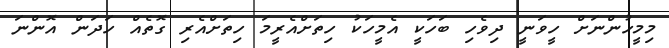
މިމީހުންނަށް ހީވަނީ ދިވެހި ބަހަކީ އެމީހަކު ހިތަށްއެރީމަ ހިތަށްއެރި ގޮތެއް ހަދަން އޮންނަ